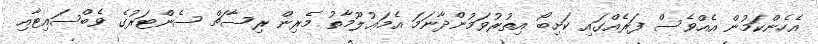
އެހެންކަމުން އެއްވެސް ފަރެއްގައި ކަށިބޯ އިތުރުވަމުންދާނަމަ އެމަޢުލޫމާތު މެރިން ރިސާޗް ސެންޓަރުގެ ވެބްސައިޓާއި